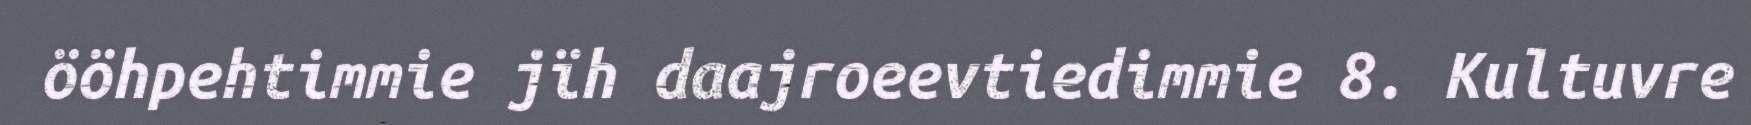
ööhpehtimmie jïh daajroeevtiedimmie 8. Kultuvre